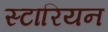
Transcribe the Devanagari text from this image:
स्टारियन